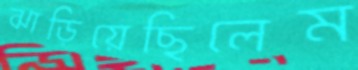
ঝাড়িয়েছিলেম